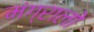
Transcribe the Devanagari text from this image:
मंग्रालो